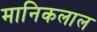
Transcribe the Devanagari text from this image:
मानिकलाल